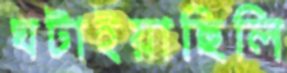
ঘটাইয়াছিলি